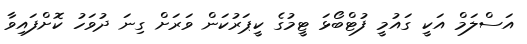
އަސްލަމް އަކީ ގައުމީ ފުޓްބޯޅަ ޓީމުގެ ކީޕަރުކަން ވަރަށް ގިނަ ދުވަހު ކޮށްފައިވާ